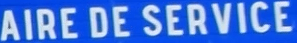
AIRE DE SERVICE